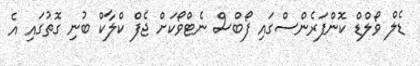
ޑެލް ވޯލްޑް ކޮންފަރެންސްގައި ފޯބްސް ނެޓްވޯކަށް ޖެފް ކްލާކް ބުނި ގޮތުގައި އެ